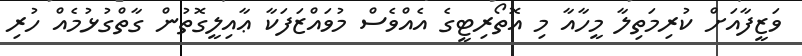
ވަޒީފާއަށް ކުރިމަތިލާ މީހާއާ މި އޮތޯރިޓީގެ އެއްވެސް މުވައްޒަފަކާ ޢާއިލީގޮތުން ގާތްގުޅުމެއް ހުރި